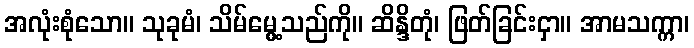
အလုံးစုံသော။ သုခုမံ၊ သိမ်မွေ့သည်ကို။ ဆိန္ဒိတုံ၊ ဖြတ်ခြင်းငှာ။ အာမသက္ကာ၊